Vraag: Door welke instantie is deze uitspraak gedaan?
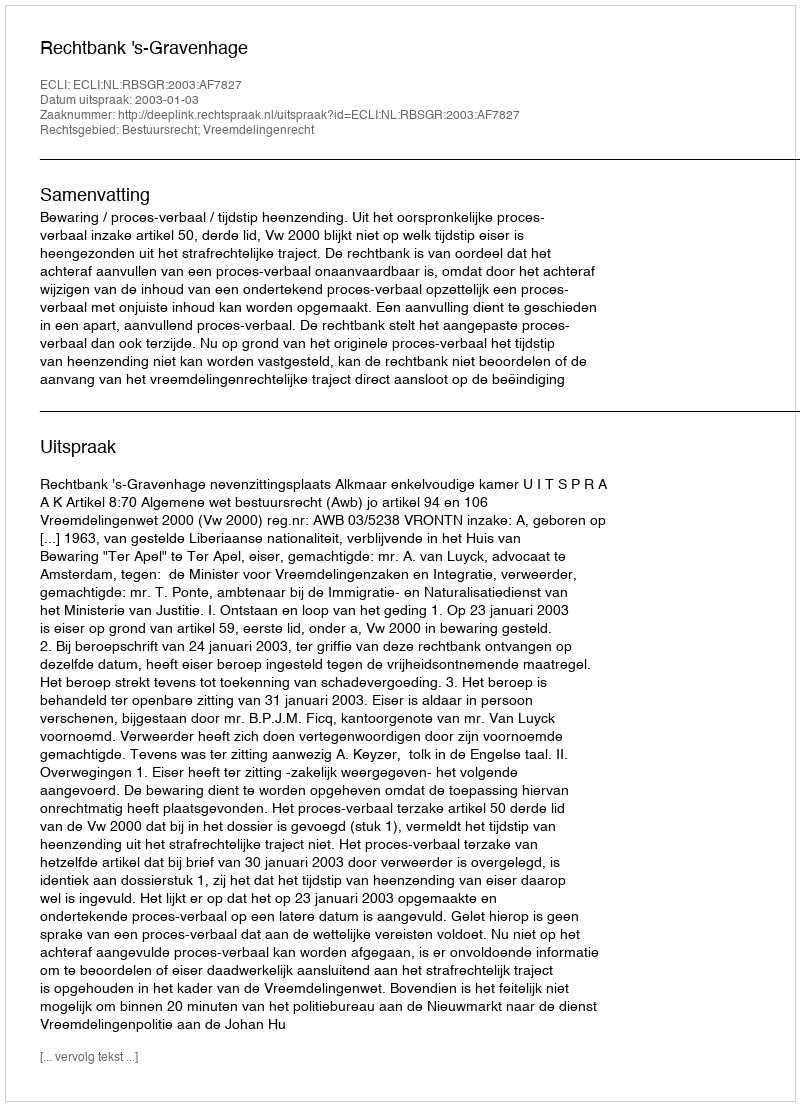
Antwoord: Rechtbank 's-Gravenhage